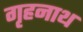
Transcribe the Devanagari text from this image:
गृहनाथ